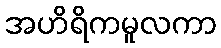
အဟိရိကမူလကာ